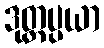
ဒုတ္တပ္ပယာ